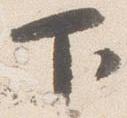
下